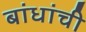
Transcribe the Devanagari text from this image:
बांधांची